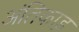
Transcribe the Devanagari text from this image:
अंतिकाड़